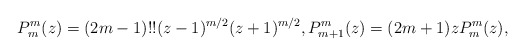
\begin{align*}P_m^m(z)=(2m-1)!!(z-1)^{m/2}(z+1)^{m/2},P_{m+1}^m(z)=(2m+1)z P_m^m(z),\end{align*}